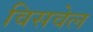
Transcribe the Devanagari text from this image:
विसवेल